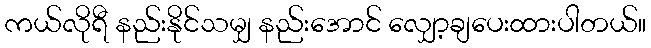
ကယ်လိုရီ နည်းနိုင်သမျှ နည်းအောင် လျှော့ချပေးထားပါတယ်။